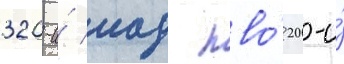
320-и́ иад пво́ 20-и́